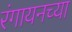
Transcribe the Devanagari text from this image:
रंगायनच्या